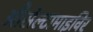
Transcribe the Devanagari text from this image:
औसेल्टामाइविर